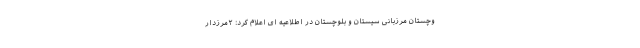
وچستان مرزبانی سیستان و بلوچستان در اطلاعیه‌ ای اعلام کرد: ۲مرزدار